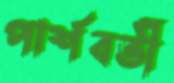
পার্শবর্তী